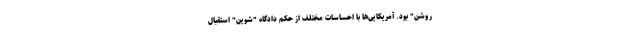
روشن" بود. آمریکایی‌ها با احساسات مختلف از حکم دادگاه "شوین" استقبال